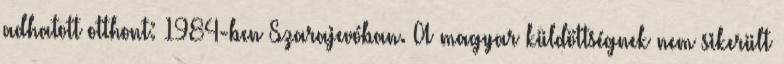
adhatott otthont: 1984-ben Szarajevóban. A magyar küldöttségnek nem sikerült